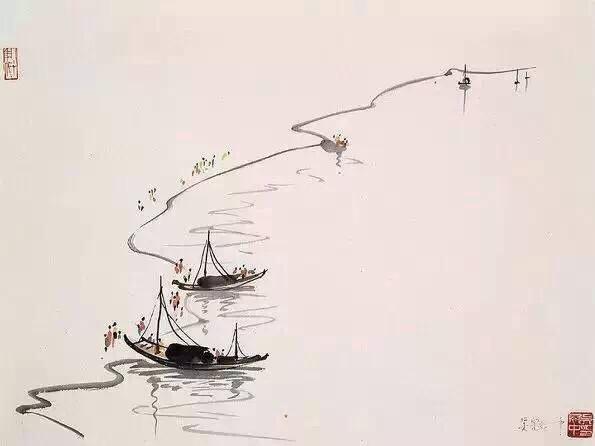
人事有代谢，往来成古今。